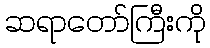
ဆရာတော်ကြီးကို